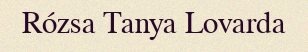
Rózsa Tanya Lovarda